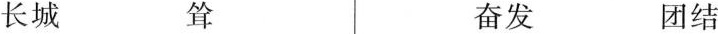
长城 耸 奋发 团结